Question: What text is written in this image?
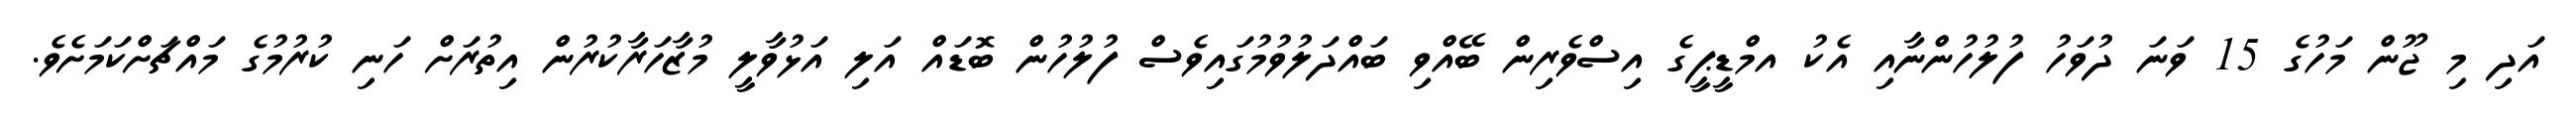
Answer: އަދި މި ޖޫން މަހުގެ 15 ވަނަ ދުވަހު ފުލުހުންނާއި އެކު އމްޑީޕީގެ އިސްވެރިން ބޭއްވި ބައްދަލުވުމުގައިވެސް ފުލުހުން ބޮޑައް އަލި އަޅުވާލީ މުޒާހަރާކުރުން އިތުރަށް ހަނި ކުރުމުގެ މައްޗަށްކަމަށެވެ.